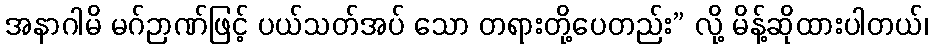
အနာဂါမိ မဂ်ဉာဏ်ဖြင့် ပယ်သတ်အပ် သော တရားတို့ပေတည်း” လို့ မိန့်ဆိုထားပါတယ်၊